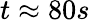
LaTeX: t\approx 80s